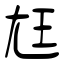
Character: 尪